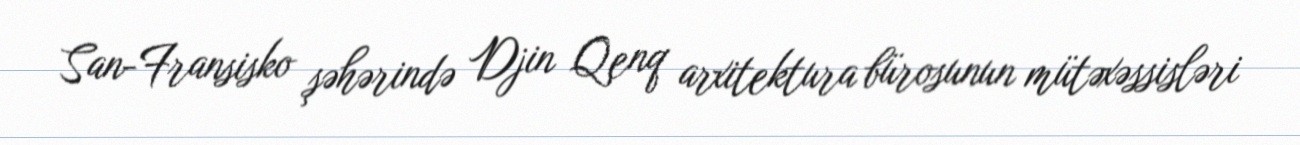
San-Fransisko şəhərində Djin Qenq arxitektura bürosunun mütəxəssisləri